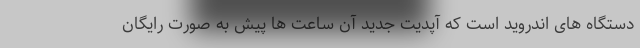
دستگاه های اندروید است که آپدیت جدید آن ساعت ها پیش به صورت رایگان